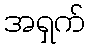
အရှက်